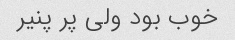
خوب بود ولی پر پنیر